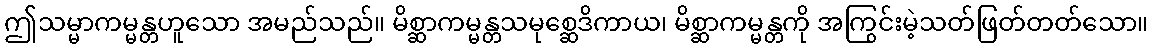
ဤသမ္မာကမ္မန္တဟူသော အမည်သည်။ မိစ္ဆာကမ္မန္တသမုစ္ဆေဒိကာယ၊ မိစ္ဆာကမ္မန္တကို အကြွင်းမဲ့သတ်ဖြတ်တတ်သော။